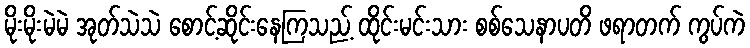
မိုးမိုးမဲမဲ အုတ်သဲသဲ စောင့်ဆိုင်းနေကြသည့် ထိုင်းမင်းသား စစ်သေနာပတိ ဖရာတက် ကွပ်ကဲ